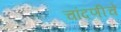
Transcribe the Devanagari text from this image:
चांदणीचे